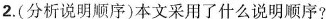
2.(分析说明顺序)本文采用了什么说明顺序?